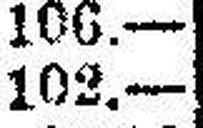
102.—